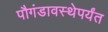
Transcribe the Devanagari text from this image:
पौगंडावस्थेपर्यंत